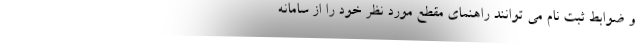
و ضوابط ثبت نام می توانند راهنمای مقطع مورد نظر خود را از سامانه